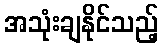
အသုံးချနိုင်သည့်